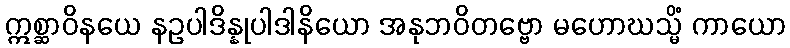
ဣစ္ဆာဝိနယေ နဥပါဒိန္နုပါဒါနိယော အနုဘဝိတဗ္ဗော မဟောဃသ္မိံ ကာယော